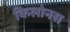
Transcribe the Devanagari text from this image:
किलोनस